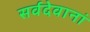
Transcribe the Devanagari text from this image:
सर्वदेवानां